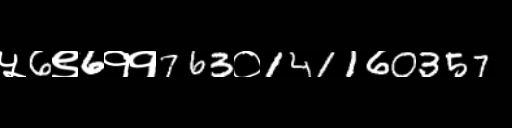
Text: ५6९6११763०141160357